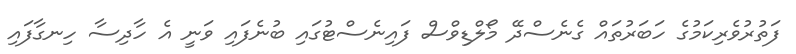
ފަތުރުވެރިކަމުގެ ހަބަރުތައް ގެނެސްދޭ މޯލްޑިވްސް ފައިނެސްޓުގައި ބުނެފައި ވަނީ އެ ހާދިސާ ހިނގާފައި